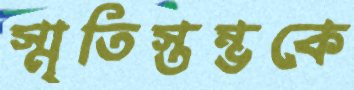
স্মৃতিস্তম্ভকে